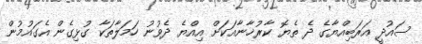
ސައުދީ އަރަބިއްޔާގެ ދެ ތެޔޮ ކާރުޚާނާއަކަށް އިއްޔެ ދެވުނު ހަމަލާތަކާ ގުޅިގެން އެގައުމުން